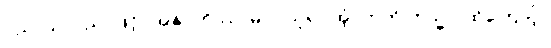
ပညာယ၊ ပညာဖြင့်။ အနုဂ္ဂဟိဿာမိ၊ ငါယူရပါအံ့။ ဣတိ တသ္မာ၊ ထိုကြောင့်။